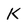
Character: K